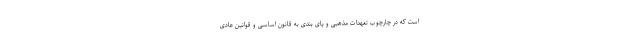
است که در چارچوب تعهدات مذهبی و پای بندی به قانون اساسی و قوانین عادی